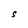
Character: S